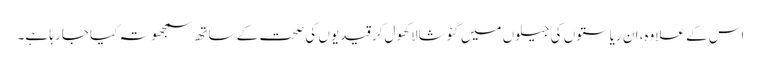
اس کے علاوہ، ان ریاستوں کی جیلوں میں گئوشالا کھول‌کر قیدیوں کی صحت کے ساتھ سمجھوتہ کیا جا رہا ہے۔